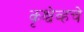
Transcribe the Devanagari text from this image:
कृश्चेव्हचे